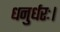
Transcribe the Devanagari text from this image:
धनुर्धरः।